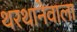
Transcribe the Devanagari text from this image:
थरथानेवाला